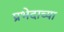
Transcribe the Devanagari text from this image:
प्रभेदाच्या